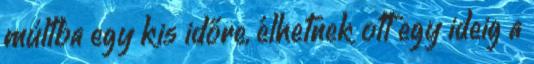
múltba egy kis időre, élhetnek ott egy ideig a